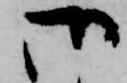
御